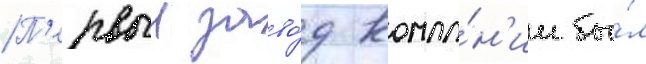
П'ервыи заво́д компа́н'ии бы́л